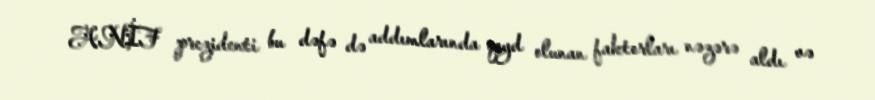
ANİF prezidenti bu dəfə də addımlarında qeyd olunan faktorları nəzərə aldı və